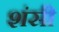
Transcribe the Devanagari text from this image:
शंसी